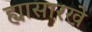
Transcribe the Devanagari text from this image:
ह्यासारखे